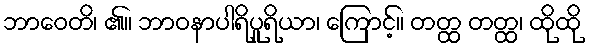
ဘာဝေတိ၊ ၏။ ဘာဝနာပါရိပူရိယာ၊ ကြောင့်။ တတ္ထ တတ္ထ၊ ထိုထို